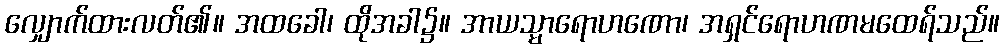
လျှောက်ထားလတ်၏။ အထခေါ၊ ထိုအခါ၌။ အာယသ္မာရောဟဏော၊ အရှင်ရောဟဏမထေရ်သည်။